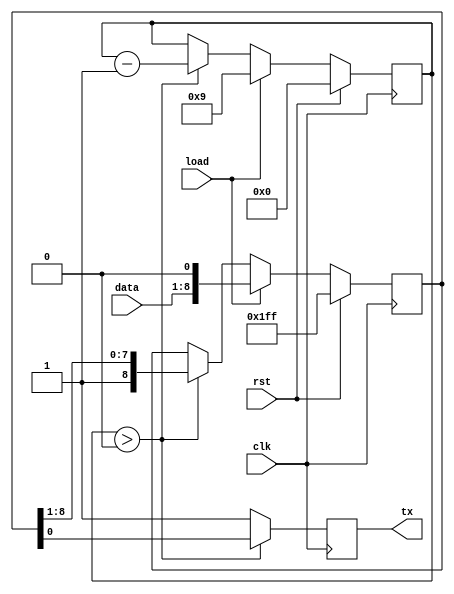
module uart_transmitter(
    input clk,
    input rst,
    input [7:0] data,
    input load,
    output wire tx
);
    reg[8:0] tx_queue = 9'b111111111;
    reg[4:0] transmit = 5'd9;
    reg tx_reg = 1'b1;
    assign tx = tx_reg;
    always @(negedge clk) tx_reg = (transmit > 0) ? tx_queue[0] : 1'b1;

    always @(posedge clk) begin
        if (rst) begin
            transmit <= 0;
            tx_queue <= 9'b111111111;
        end else if (load) begin
            transmit <= 9;
            tx_queue <= {data, 1'b0};
        end else if (transmit > 0) begin
            tx_queue <= {1'b1, tx_queue[8:1]};
            transmit <= transmit - 1;
        end
    end

endmodule